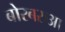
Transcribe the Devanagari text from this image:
बोरबरुआ